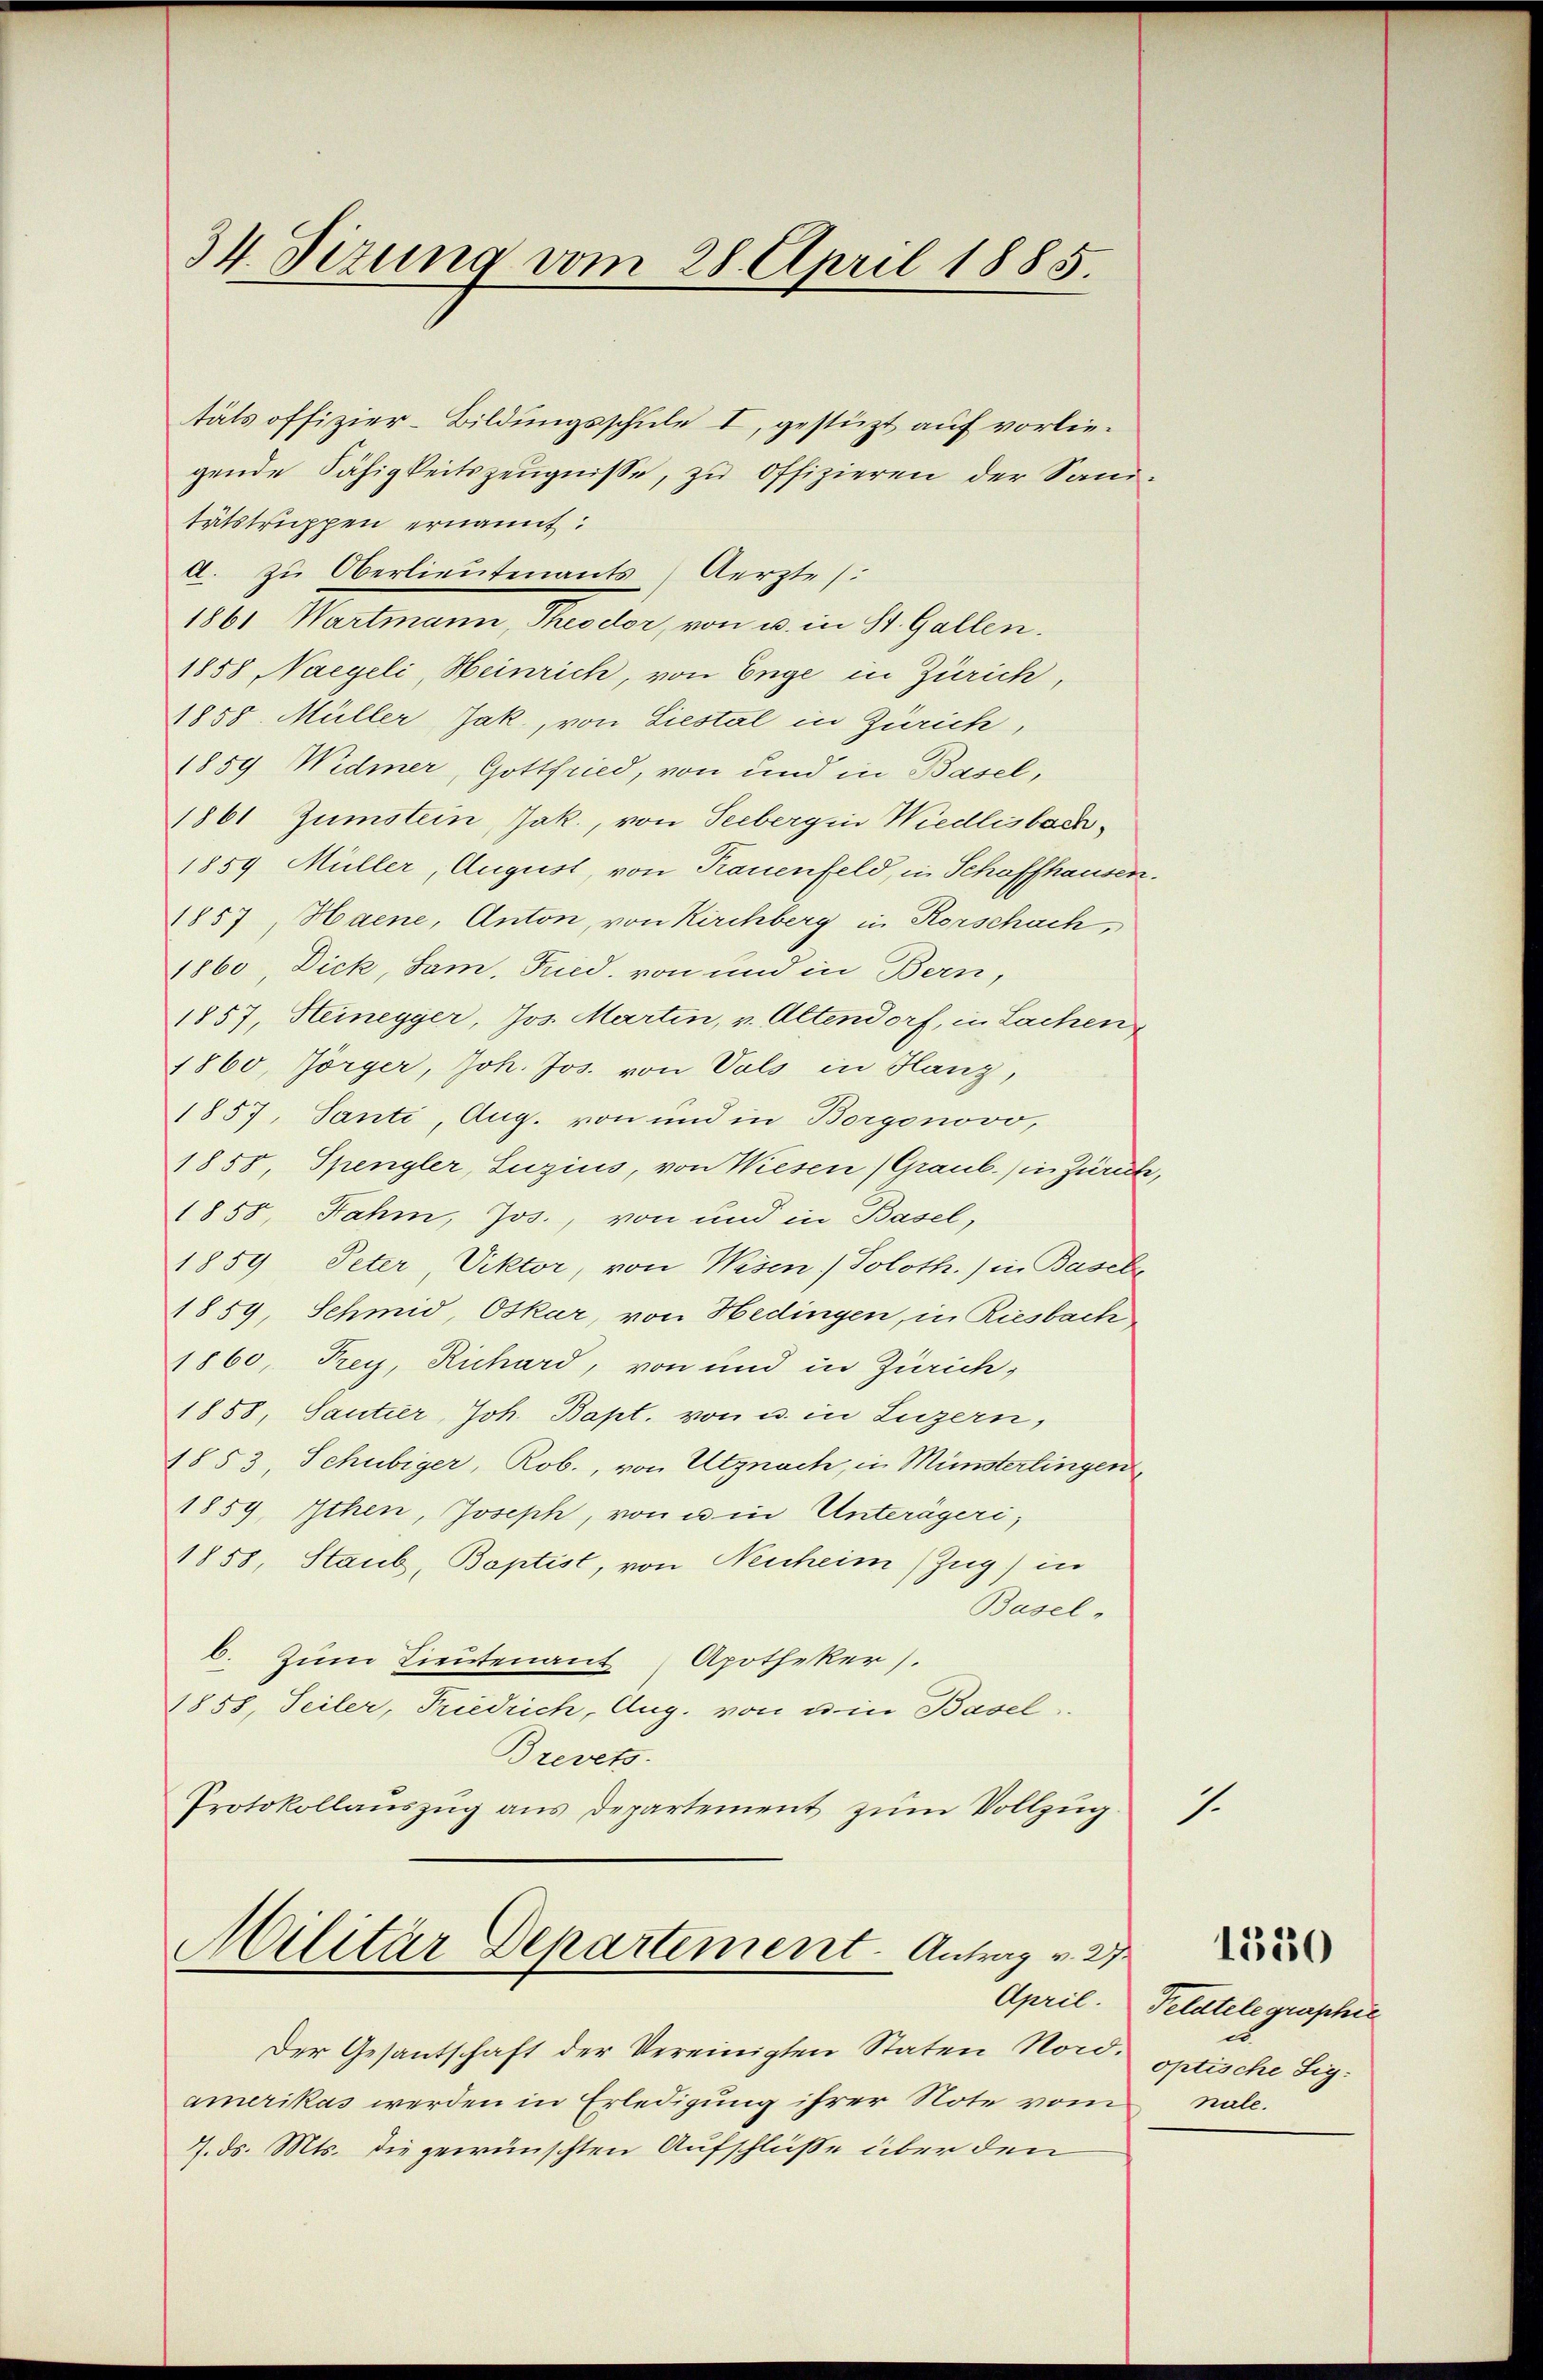
34. Sitzung vom 28. April 1885.

täts offizier-Bildungsschule I, gestützt auf vorliegende Fähigkeitszeŭgnisse, zu offizieren der Sani-
tätstruppen ernannt:
a. zŭ Oberlieutenants Aerzte (:
1861 Wartmann, Theodor, von u. in St. Gallen.
1858 Naegeli, Heinrich, von Enge in Zürich,
1858. Müller Jak, von Liestal in Zürich,
1859 Widmer, Gottfried, von und in Basel,
1861 Zumstein, Jak., von Seeberg in Wiedlisbach¬
1859 Müller, August, von Rauenfeld, in Schaffhausen.
1857, Haene, Anton, von Kirchberg in Rorschach,
1860, Dick, Sam, Fried, von und in Bern,
1857, Heinegger, Jos. Martin, v. Altendorf, in Lachen
1860, Jörger, Joh. Jos. von Vols in Hang,
1857, Tanti, Aug. von und in Borgonovo,
1858, Spengler, Luzius, von Wiesen (Graub. in Zürich,
1858, Jahn, Jos., von und in Basel,
1859, Peter, Viktor, von Wesen / Soloth.) in Basel
1859, Schmid, Oskar, von Hedingen, in Riesbach
1860, Frey, Richard, von und in Zürich,
1858, Santier, Joh. Bapt. von u. in Luzern,
1853, Schubiger, Rob., von Utznach, in Münsterlingen,
1859, Ithen, Joseph, von u in Unterägeri,
1858, Staub, Baptist, von Neucheim (Zug) in
Basel,
b. Zum Lieutenant Apotheker).
1858, Seiler, Friedrich, Aug. von u in Basel.
Brevets.
Protokollauszug aus Departement zum Vollzug.

Militär Departement. Antrag v. 27.
April.

Der Gesantschaft der Vereinigten Staten Nord- optische Sigamerikas werden in Erledigung ihrer Note vom
7. ds. Mts. die gewünschten Aufschlüße über den

1.

1330

Peldtelegraphie
e
nale.